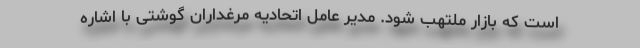
است که بازار ملتهب شود. مدیر عامل اتحادیه مرغداران گوشتی با اشاره